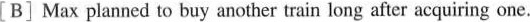
[B] Max planned to buy another train long after acquiring one.